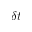
\delta t